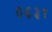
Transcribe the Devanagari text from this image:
०६३१